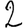
Digit: 2